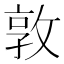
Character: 敦